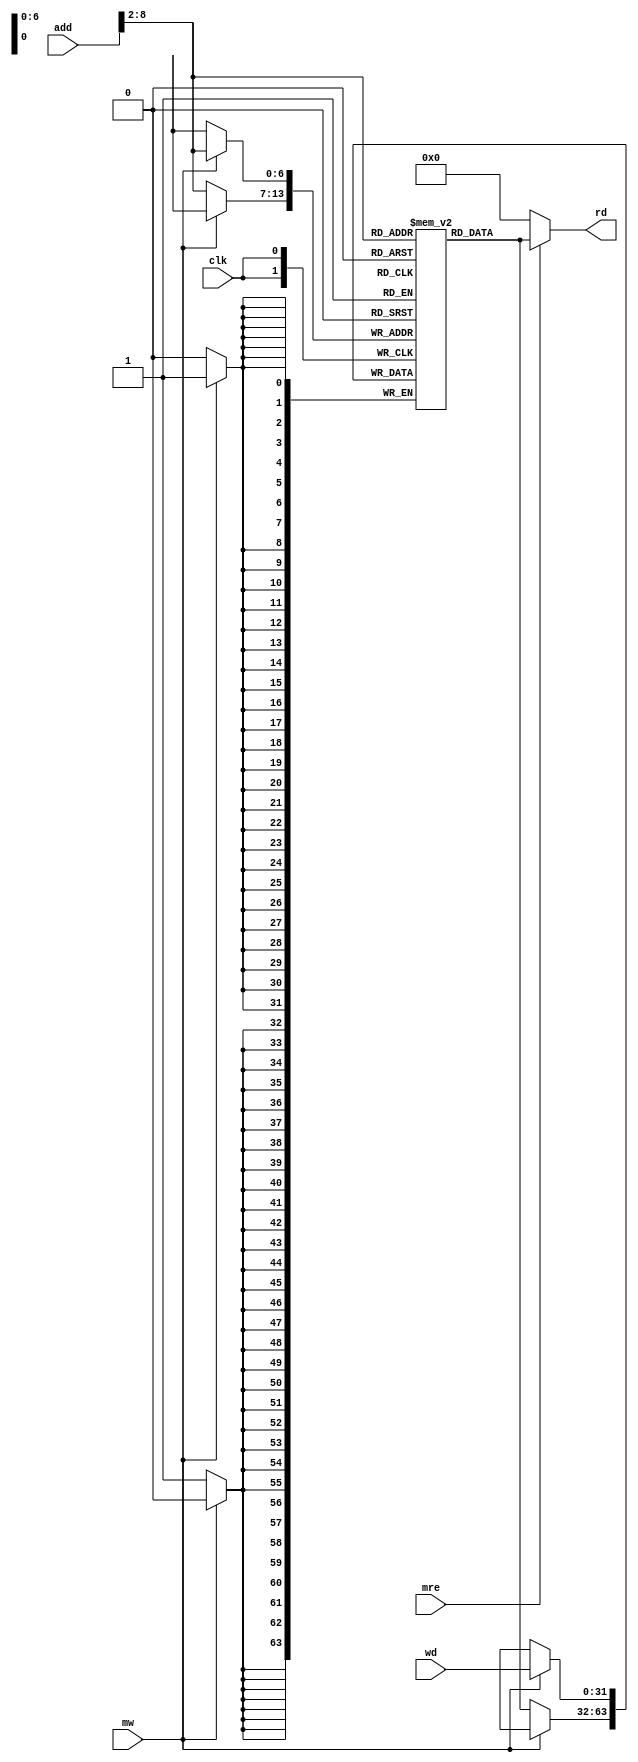
`timescale 1ns / 1ps
//////////////////////////////////////////////////////////////////////////////////
// Company: 
// Engineer: 
// 
// Design Name: 
// Module Name:    Data_mem 
// Project Name: 
// Target Devices: 
// Tool versions: 
// Description: 
//
// Dependencies: 
//
// Revision: 
// Revision 0.01 - File Created
// Additional Comments: 
//
//////////////////////////////////////////////////////////////////////////////////
module Data_mem(add, wd, mw, mre, rd, clk);

input [31:0] add, wd;
input mw, mre, clk;
output reg [31:0] rd;
reg [31:0] data_mem [127:0];
wire [31:0] wordaddr;

assign wordaddr = {2'd0, add[31:2]};

always@(*)
begin
	if (mre) rd = data_mem[wordaddr];
	else rd = 32'd0;
end

always@(negedge clk)
begin
	if (mw) data_mem[wordaddr] <= wd;
	else data_mem[wordaddr] <= data_mem[wordaddr];
end

reg [5:0] i;
always@(posedge clk)
begin
	for(i=0; i<32; i=i+1)
	begin
		$display("Data_Mem[%d]: %b \n", i, data_mem[i]);
	end
end

endmodule